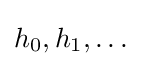
h_{0},h_{1},\dots